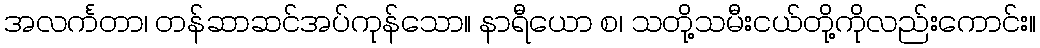
အလင်္ကတာ၊ တန်ဆာဆင်အပ်ကုန်သော။ နာရီယော စ၊ သတို့သမီးငယ်တို့ကိုလည်းကောင်း။